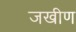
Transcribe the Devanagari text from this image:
जखीण